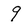
Character: 9